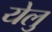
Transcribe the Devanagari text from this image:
येलु